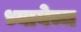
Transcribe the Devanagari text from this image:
ध्यायेच्च